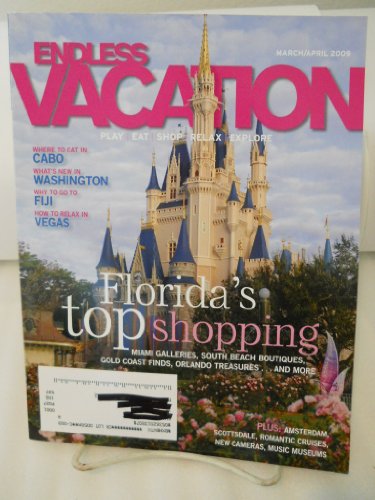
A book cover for Where to Eat in Cabo / What's New in Washington / Why to Go to Fiji / How to Relax in Vegas / Florida's Top Shopping: Miami Galleries, South Beach Boutiques, Gold Coast Finds, Orlando Treasures (Endless Vacation, March/April 2009); Travel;